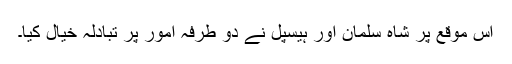
اس موقع پر شاہ سلمان اور ہیسپل نے دو طرفہ امور پر تبادلہ خیال کیا۔